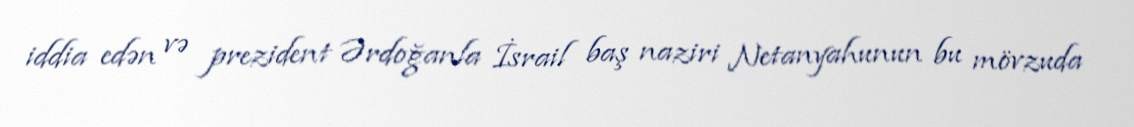
iddia edən və prezident Ərdoğanla İsrail baş naziri Netanyahunun bu mövzuda